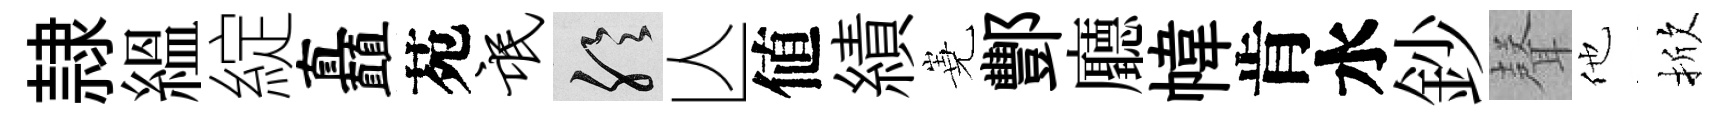
隷緼綻矗苑氓聆亾値績嶤酆廳幃肯水鈔𮋻他掀